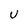
Character: U